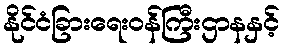
နိုင်ငံခြားရေးဝန်ကြီးဌာနနှင့်